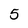
Character: 5